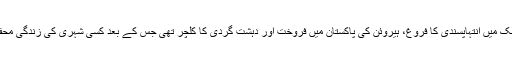
یہ قربانی ملک میں انتہاپسندی کا فروغ، ہیروئن کی پاکستان میں فروخت اور دہشت گردی کا کلچر تھی جس کے بعد کسی شہری کی زندگی محفوظ نہ رہی۔